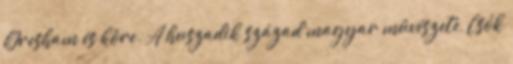
Gresham és köre. A huszadik század magyar művészete, Csók